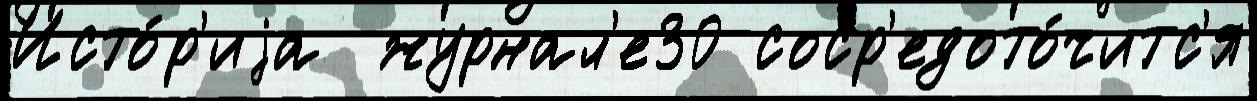
Исто́р'иjа  журнал'е30 соср'едото́читс'я